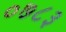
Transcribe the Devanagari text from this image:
०७८३